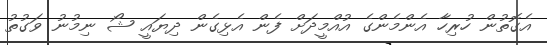
އެގޮތުން ހުރިހާ އެންމެންގެ އުއްމީދަށް ފެން އެޅިގެން ދިޔައީ ޝޯ ނިމުނު ވަގުތު